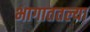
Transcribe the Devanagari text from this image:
भागाततल्या